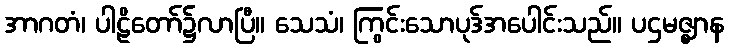
အာဂတံ၊ ပါဠိတော်၌လာပြီ။ သေသံ၊ ကြွင်းသောပုဒ်အပေါင်းသည်။ ပဌမဇ္ဈာန